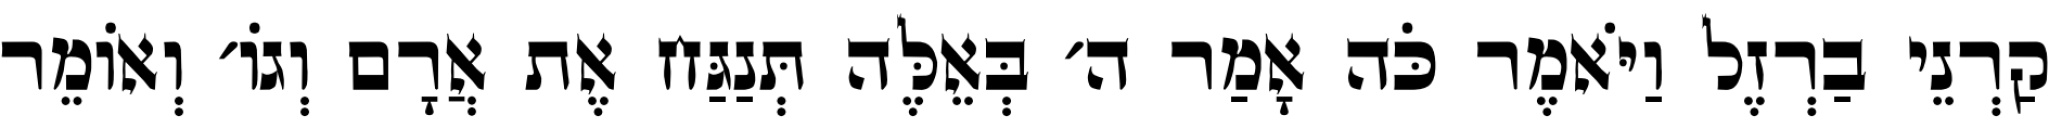
קַרְנֵי בַרְזֶל וַיֹּאמֶר כֹּה אָמַר ה׳ בְּאֵלֶּה תְּנַגַּח אֶת אֲרָם וְגוֹ׳ וְאוֹמֵר